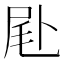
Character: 𠧮